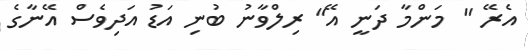
އެރޭ " މަންމާ ދަނީ އޭ" ރިލްވާނު ބުނި އަޑު އަދިވެސް އޭނާގެ